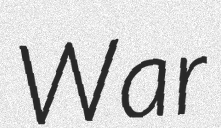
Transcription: War